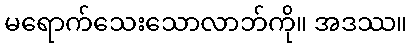
မရောက်သေးသောလာဘ်ကို။ အဒဿ။